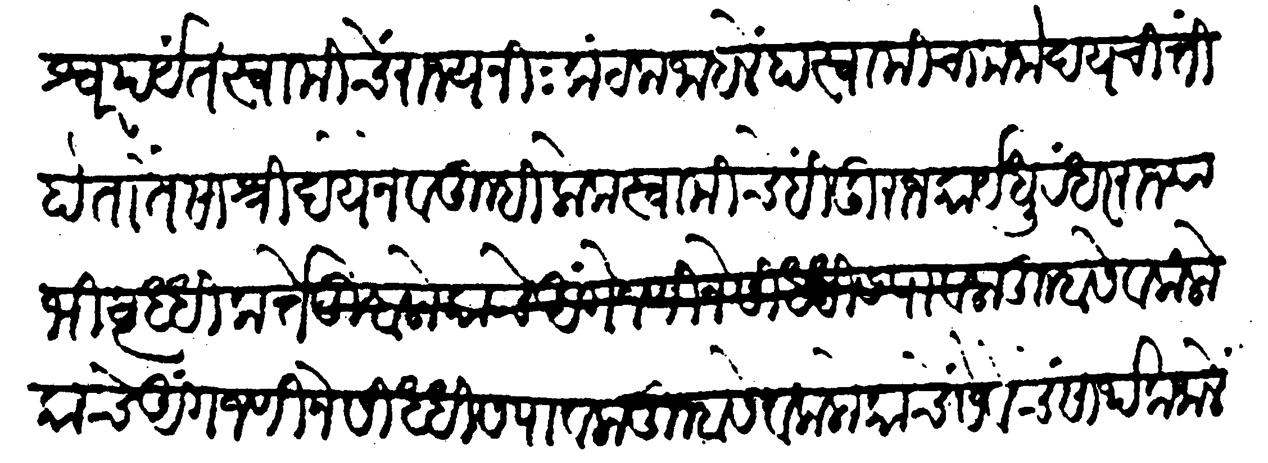
Transliteration (Devanagari): श्रीरामेश्वरपर्यंत स्वामीचें राज्य नि:कंटक जाहलें हा स्वामीचा मनोदय चित्तीं होता तैसा श्रीदयेने व तुम्ही लोक स्वामीचे हिंदुराजकार्य धुरंधर राज्याभिवृद्धिकर्ते तुम्हा सेवक लोकाचे अंगजणीने सिद्धीस पावला तुम्हा सेवक लोकांचे सेवेचें सार्थक जाले